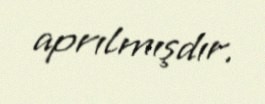
aprılmışdır.